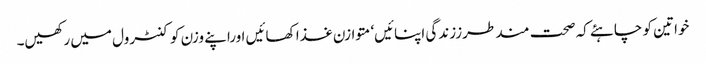
خواتین کو چاہئے کہ صحت مند طرززندگی اپنائیں‘ متوازن غذا کھائیں اوراپنے وزن کو کنٹرول میں رکھیں۔